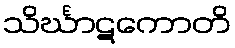
သိင်္ဃာဋကောတိ